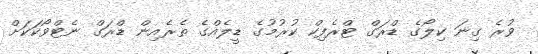
ވުރެ ގިނަ ކިލޯގެ ޑްރަގް ޓްރެފިކް ކުރުމުގެ ޑީލެއްގެ ތެރެއިން ޑްރަގް ނެޓްވޯކަކަށް